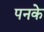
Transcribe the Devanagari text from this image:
पनके